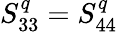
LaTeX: S_{33}^{q}=S_{44}^{q}